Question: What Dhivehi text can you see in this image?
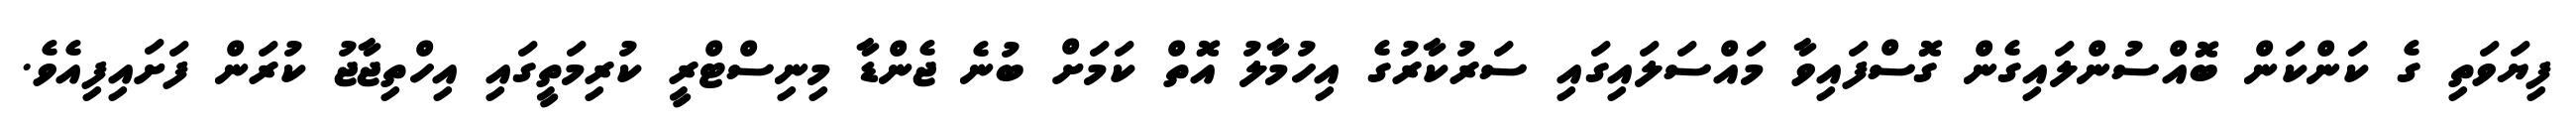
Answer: ފިޔަވަތި ގެ ކަންކަން ބޮއްސުންލައިގެން ގޮސްފައިވާ މައްސަލައިގައި ސަރުކާރުގެ އިހުމާލު އޮތް ކަމަށް ބުނެ ޖެންޑާ މިނިސްޓްރީ ކުރިމަތީގައި އިހްތިޖާޖު ކުރަން ފަށައިފިއެވެ.